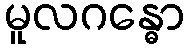
မူလဂန္ဓော